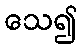
သေ၍